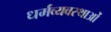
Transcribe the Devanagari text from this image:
धर्मव्यवस्थाओं